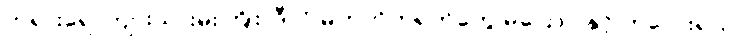
ဘုရားရေ၊ ကျားသားမိုးကြိုး၊ ဒီလို မဟုတ်တရုတ်တွေ မပြောပါနှင့် ကလေးရယ်၊